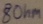
Text: 8Ohm